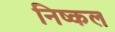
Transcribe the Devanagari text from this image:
निष्कल